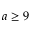
a \ge 9